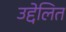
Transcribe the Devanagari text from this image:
उद्देलित